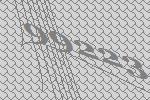
99223